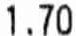
1.70